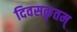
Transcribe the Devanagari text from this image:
दिवसकृतम्‌